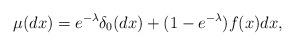
LaTeX: \begin{align*} \mu(dx)=e^{-\lambda} \delta_0(dx)+(1-e^{-\lambda})f(x)dx,\end{align*}